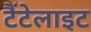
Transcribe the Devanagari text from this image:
टैंटेलाइट